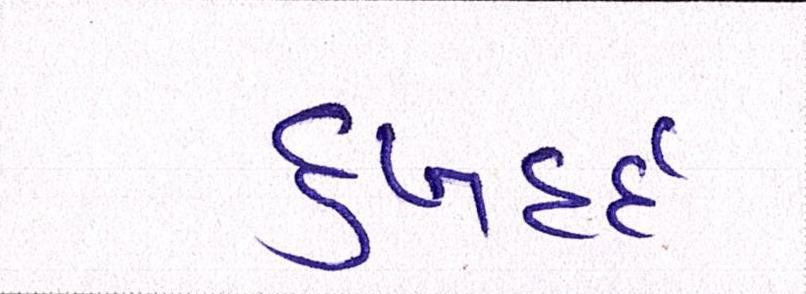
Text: દુઃખદર્દ